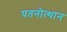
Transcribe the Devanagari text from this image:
पतनोत्थान